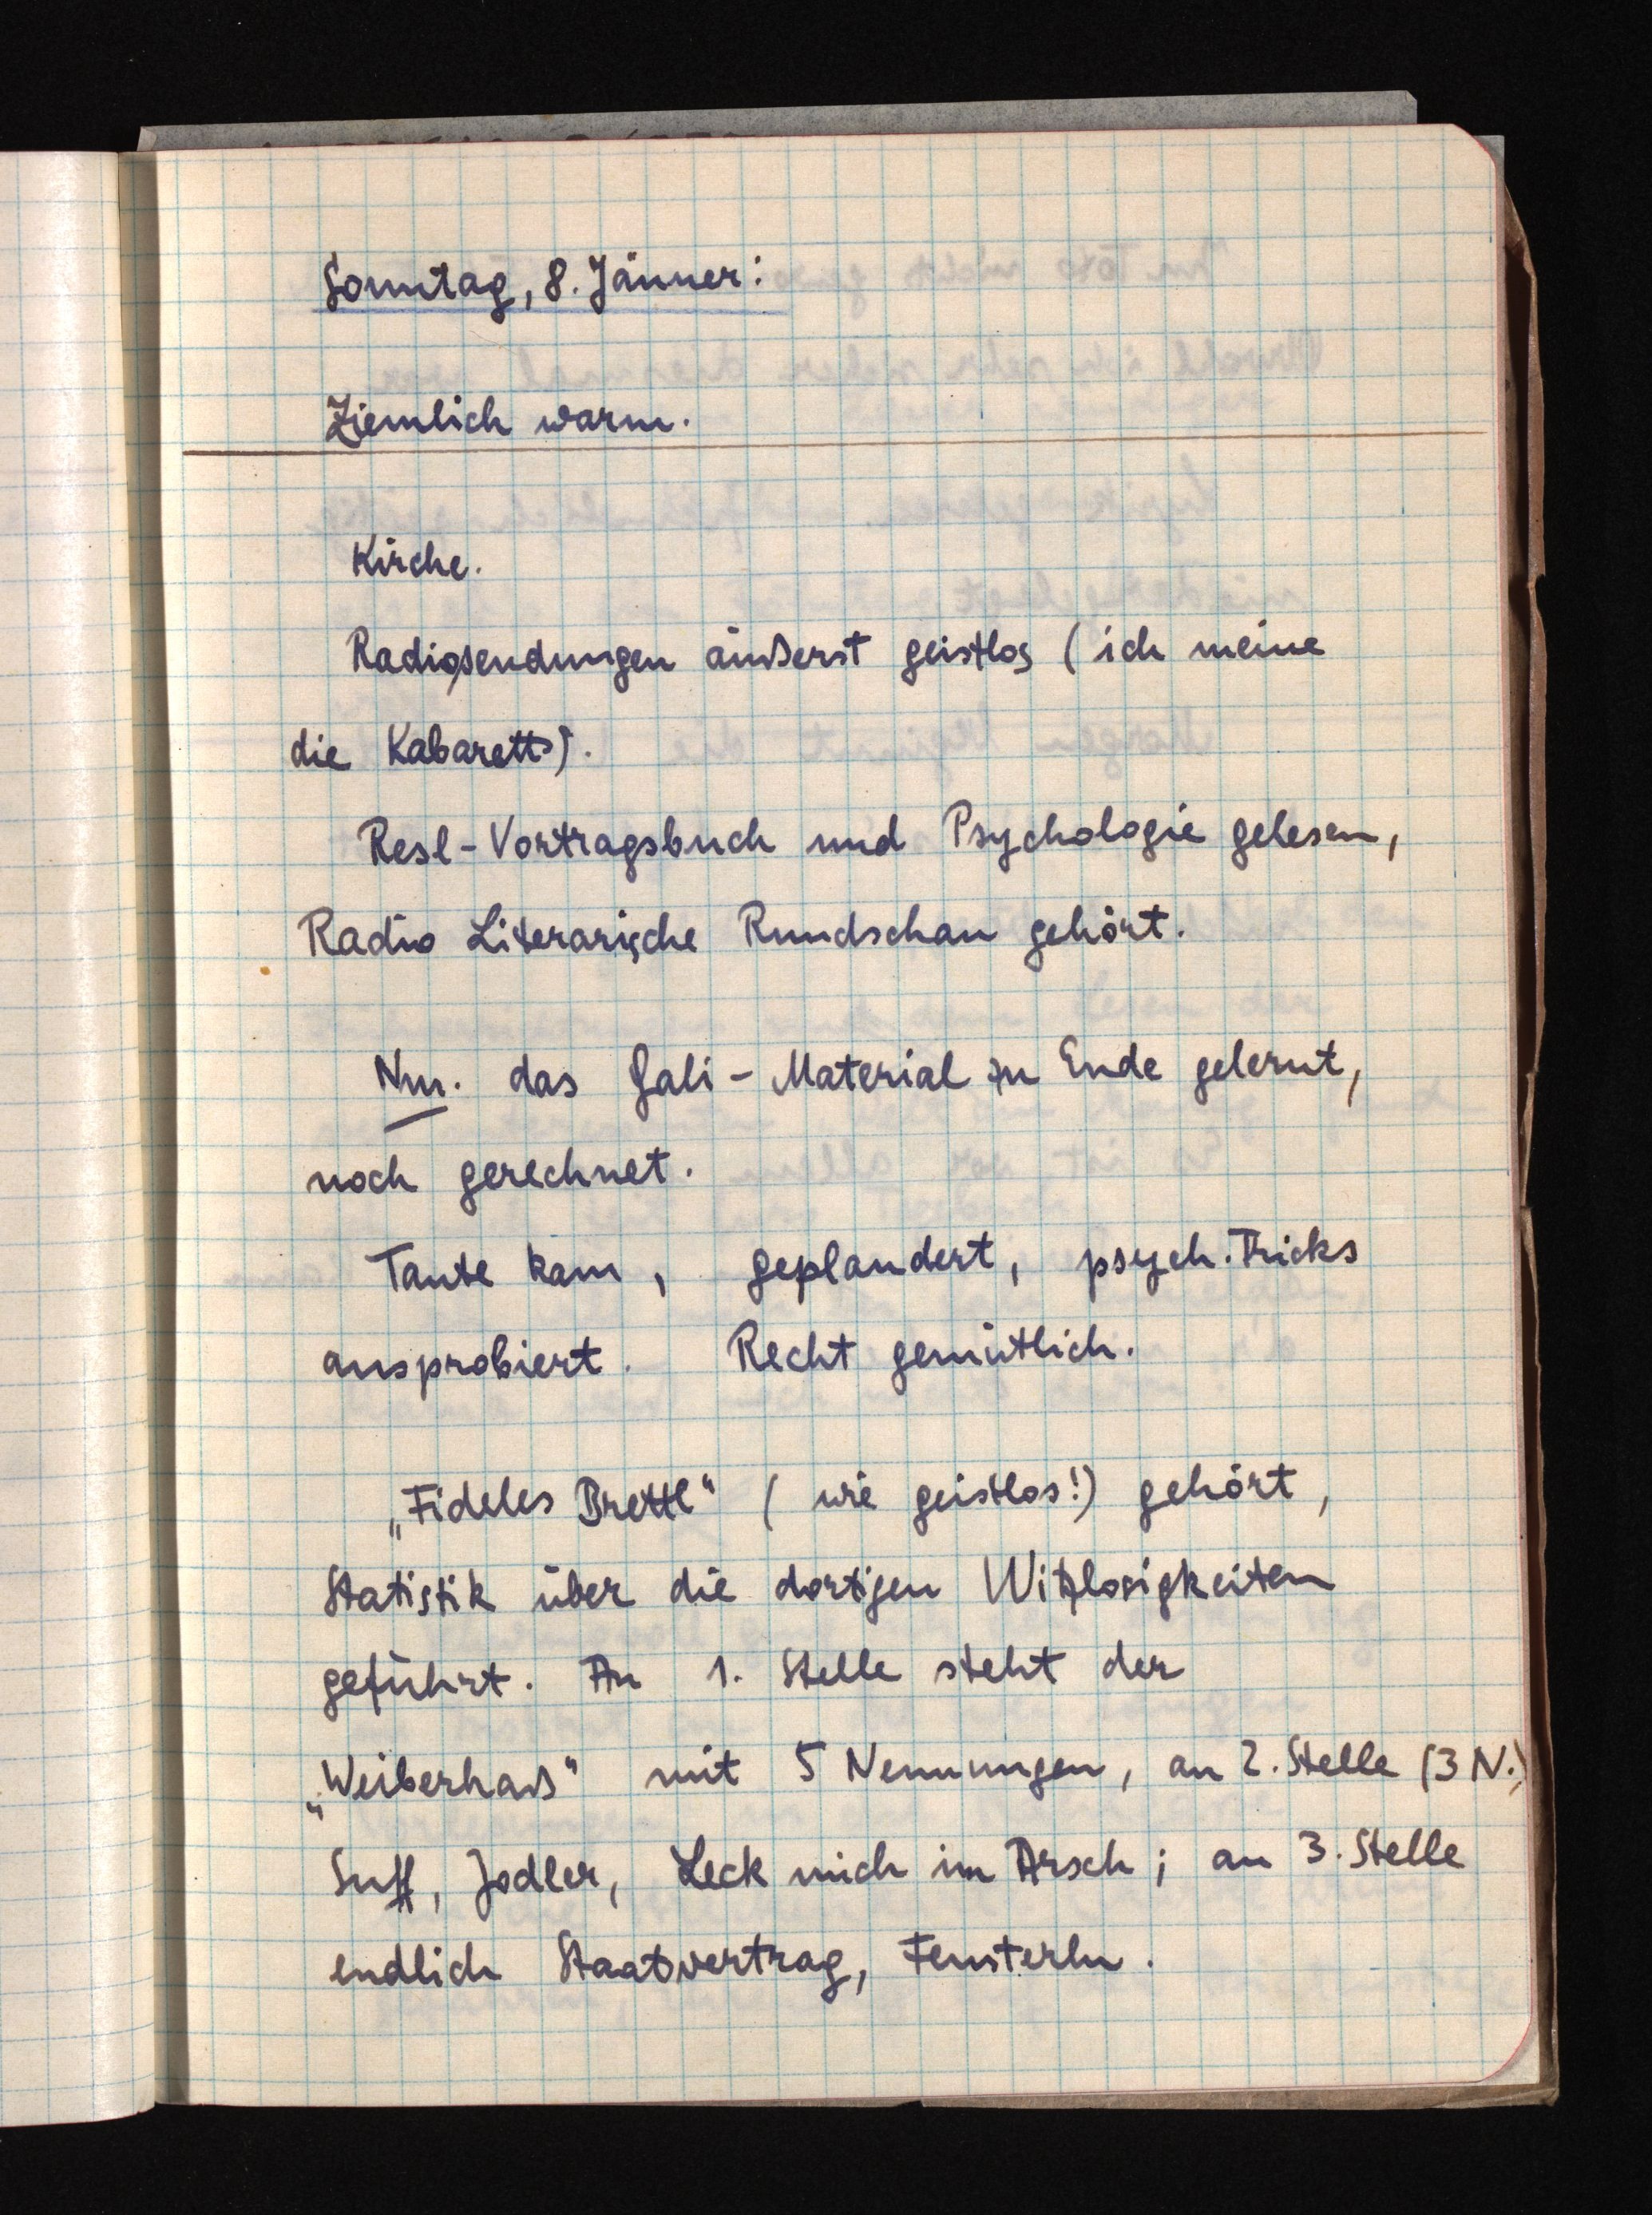
Sonntag, 8. Jänner:
Ziemlich warm.
Kirche.
Radiosendungen äußerst geistlos (ich meine
die Kabaretts).
Resl-Vortragsbuch und Psychologie gelesen,
Radio Literarische Rundschau gehört.
Nm. das Gali-Material zu Ende gelernt,
noch gerechnet.
Tante kam, geplaudert, psych. Tricks
ausprobiert. Recht gemütlich.
"Fideles Brettl" (wie geistlos!) gehört,
Statistik über die dortigen Witzlosigkeiten
geführt. An 1. Stelle steht der
"Weiberhaß" mit 5 Nennungen, an 2. Stelle (3 N.)
Suff, Jodler, Leck mich im Arsch; an 3. Stelle
endlich Staatsvertrag, Fensterln.